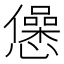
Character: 𢤁